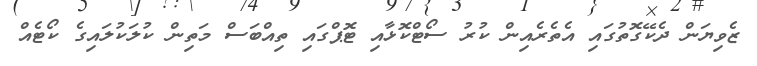
ޒެވިޔަން ދެކޭގޮތުގައި އެތެރެއިން ކުރު ސޯޓްކޮޅާއި ޓޮޕްގައި ތިއްބަސް މަތިން ކުލަކުލައިގެ ކޯޓެއް